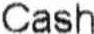
CASH